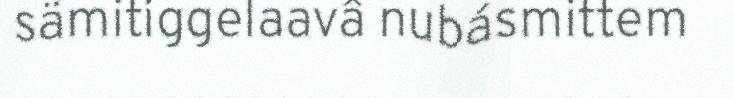
sämitiggelaavâ nubásmittem